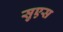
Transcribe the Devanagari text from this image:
सुएस